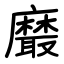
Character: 黀